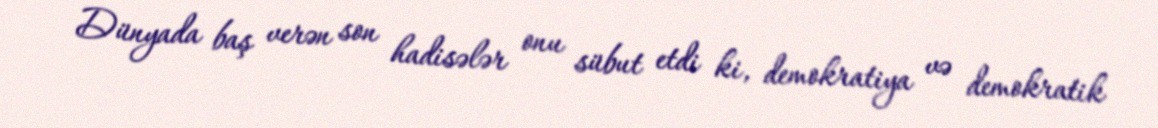
Dünyada baş verən son hadisələr onu sübut etdi ki, demokratiya və demokratik